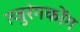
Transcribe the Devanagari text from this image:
त्जुरंगकोंग